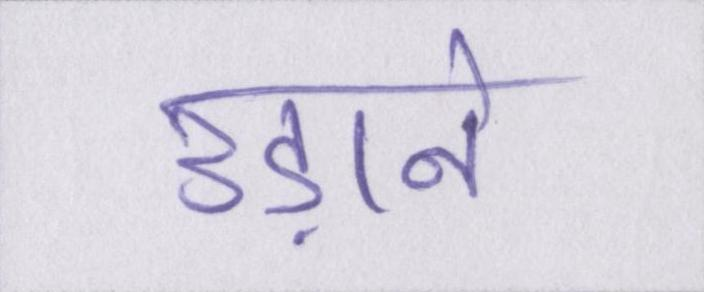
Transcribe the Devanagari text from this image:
उड़ाने